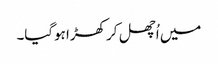
میں اُچھل کر کھڑا ہوگیا۔